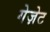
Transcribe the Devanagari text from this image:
गेज़ेट